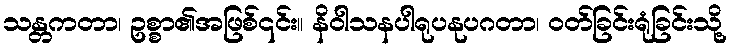
သန္တကတာ၊ ဥစ္စာ၏အဖြစ်၎င်း။ နိဝါသနပါရုပနုပဂတာ၊ ဝတ်ခြင်းရုံခြင်းသို့